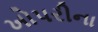
ખોપરીના